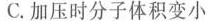
C.加压时分子体积变小